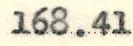
168.41